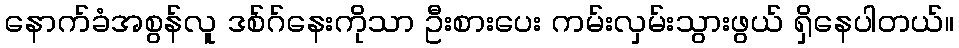
နောက်ခံအစွန်လူ ဒစ်ဂ်နေးကိုသာ ဦးစားပေး ကမ်းလှမ်းသွားဖွယ် ရှိနေပါတယ်။